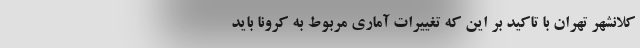
کلانشهر تهران با تاکید بر این که تغییرات آماری مربوط به کرونا باید